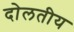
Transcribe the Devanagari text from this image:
दोलतीय